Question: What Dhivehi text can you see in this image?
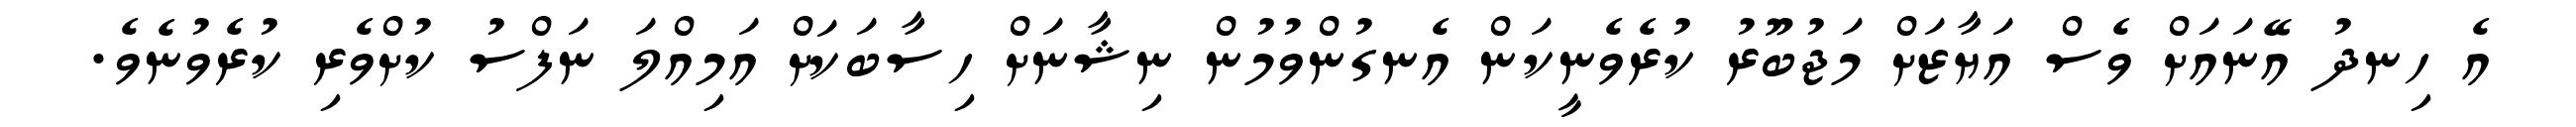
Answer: އެ ހިނދު އޭނައަށް ވެސް އަޔާޒަށް މަޖުބޫރު ކުރެވެނީކަން އެނގުންވުމުން ނިޝާނަށް ހިސާބަކަށް އަމިއްލަ ނަފްސު ކުށްވެރި ކުރެވުނެވެ.